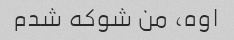
اوه، من شوکه شدم